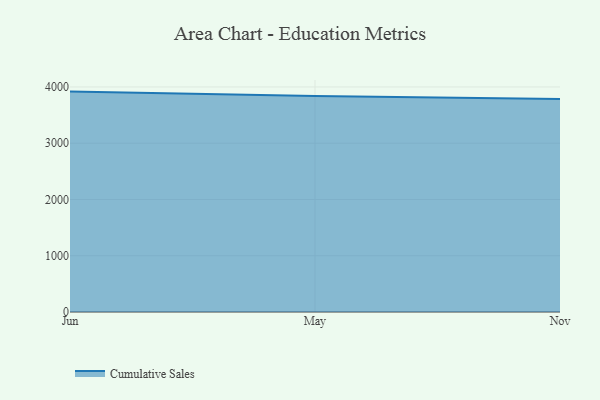
{"axis": {"x": "Month", "y": "Conversion Rate (%)"}, "legend": ["Cumulative Sales"], "data": [{"x": "Jun", "y": 3917.2, "type": "Cumulative Sales"}, {"x": "May", "y": 3837.4, "type": "Cumulative Sales"}, {"x": "Nov", "y": 3784.8, "type": "Cumulative Sales"}]}